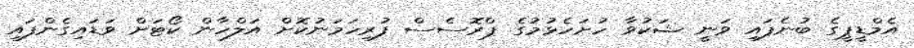
އެމްޑީޕީގެ ބުނެފައި ވަނީ ޝަކުވާ ހުށަހެޅުމުގެ ޕްރޮސެސް ފުރިހަމަނުކޮށް އަލްހާން ކޯޓަށް ވަޑައިގެންފައި